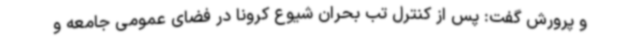
و پرورش گفت: پس از کنترل تب بحران شیوع کرونا در فضای عمومی جامعه و